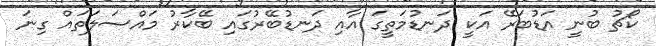
ކޯޗު ބުނީ އަޑުބަރޭ އަކީ ދަނޑުމަތީގަ އާއި ދަނޑުބޭރުގައި ބޭކާރު މައްސަލަތައް ގިނަ